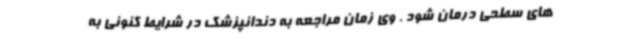
های سطحی درمان شود . وی زمان مراجعه به دندانپزشک در شرایط کنونی به